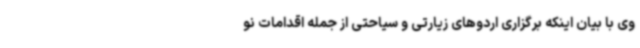
وی با بیان اینکه برگزاری اردوهای زیارتی و سیاحتی از جمله اقدامات نو